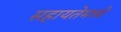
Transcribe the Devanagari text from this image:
सहायतेमध्ये